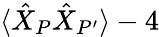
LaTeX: \langle\hat{X}_{P}\hat{X}_{P^{\prime}}\rangle-4